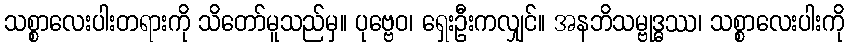
သစ္စာလေးပါးတရားကို သိတော်မူသည်မှ။ ပုဗ္ဗေဝ၊ ရှေးဦးကလျှင်။ အနဘိသမ္ဗုဒ္ဓဿ၊ သစ္စာလေးပါးကို